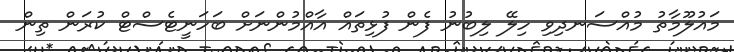
މައުލޫމާތު މުއްސަނދިވި ހިލޭ ލިބުނު ފެން ފުޅިތައް އާއްމުންނަށް ބަހަނީޓެސްޓް ކުރަން ތިން